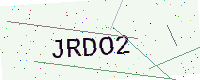
Text: JRDO2